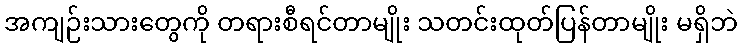
အကျဉ်းသားတွေကို တရားစီရင်တာမျိုး သတင်းထုတ်ပြန်တာမျိုး မရှိဘဲ